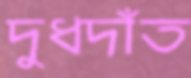
দুধদাঁত